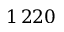
1 \, 2 2 0